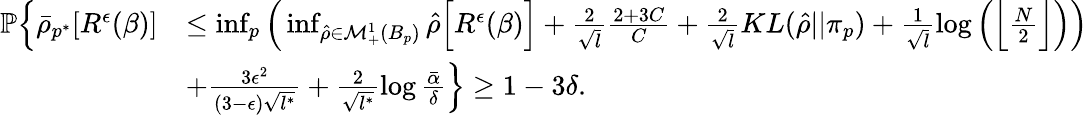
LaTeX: \begin{array}{rl}{\mathbb{P}\Big\{ \bar{\rho}_{p^{*}}[R^{\epsilon}(\beta)]}&{\leq\operatorname*{inf}_{p}\Big(\operatorname*{inf}_{\hat{\rho}\in\mathcal{M}_{+}^{1}(B_{p})}\hat{\rho}\Big[R^{\epsilon}(\beta)\Big]+\frac{2}{\sqrt{l}}\frac{2+3C}{C}+\frac{2}{\sqrt{l}}KL(\hat{\rho}||\pi_{p})+\frac{1}{\sqrt{l}}\log\Big(\Big\lfloor\frac{N}{2}\Big\rfloor\Big)\Big)}\\ &{+\frac{3\epsilon^{2}}{(3-\epsilon)\sqrt{l^{*}}}+\frac{2}{\sqrt{l^{*}}}\log\frac{\bar{\alpha}}{\delta}\Big\} \geq 1-3\delta.}\end{array}